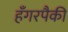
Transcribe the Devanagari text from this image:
हँगरपैकी